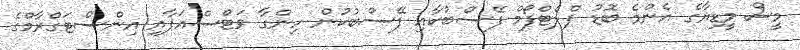
މީސް މީޑިޔާގެ އެންމެ ބޮޑު ޕްލެޓްފޯމް ފޭސްބުކާއި ފޭސްބުކުން ހިންގާ ވަޓްސްއަޕާއި އިންސްޓަގްރާމްގެ